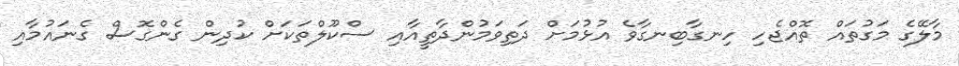
މާލޭގެ މަގުތައް ތޮއްޖެހި ހިނގާބިނގާވެ އުޅުމަށް ދަތިވަމުންދާތީއާއި ސްކޫލްތަކަށް ކުދިން ގެންގޮސް ގެނައުމާއި